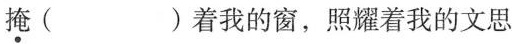
掩( )着我的窗，照耀着我的文思